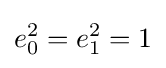
e_{0}^{2}=e_{1}^{2}=1